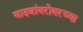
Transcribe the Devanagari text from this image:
यादवांबरोबरच्या